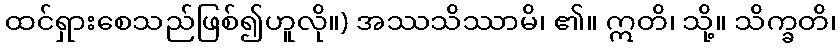
ထင်ရှားစေသည်ဖြစ်၍ဟူလို။) အဿသိဿာမိ၊ ၏။ ဣတိ၊ သို့။ သိက္ခတိ၊